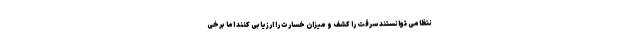
نتظامی توانستند سرقت را کشف و میزان خسارت را ارزیابی کنند اما برخی